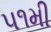
૫૧મી